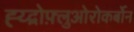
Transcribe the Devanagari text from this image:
ह्य्द्रोफ़्लुओरोकर्बोन